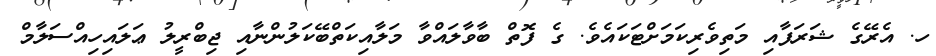
ހ. އެރޭގެ ޝަރަފާއި މަތިވެރިކަމަށްޓަކައެވެ. ގެ ފޮތް ބާވާލައްވާ މަލާއިކަތްބޭކަލުންނާއި ޖިބްރީލު ޢަލައިހިއްސަލާމް